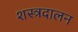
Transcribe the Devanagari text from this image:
शस्त्रदालन